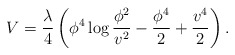
\begin{align*}V = {\lambda\over 4} \left(\phi^4\log {\phi^2\over v^2}- {\phi^4\over2} +{v^4\over2} \right).\end{align*}